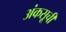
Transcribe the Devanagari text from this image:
अंकसूची